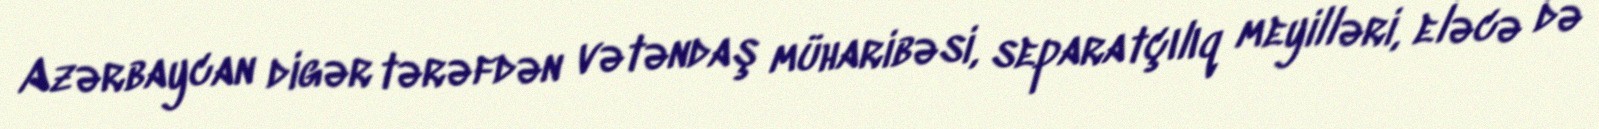
Azərbaycan digər tərəfdən vətəndaş müharibəsi, separatçılıq meyilləri, eləcə də